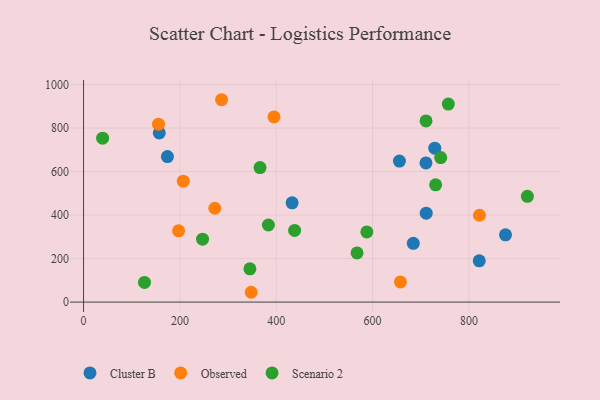
{"axis": {"x": "Experience", "y": "Profit"}, "legend": ["Cluster B", "Observed", "Scenario 2"], "data": [{"x": "821.3", "y": 189.5, "type": "Cluster B"}, {"x": "710.7", "y": 639.9, "type": "Cluster B"}, {"x": "684.4", "y": 270.0, "type": "Cluster B"}, {"x": "174.1", "y": 669.0, "type": "Cluster B"}, {"x": "432.9", "y": 456.2, "type": "Cluster B"}, {"x": "655.6", "y": 648.5, "type": "Cluster B"}, {"x": "711.2", "y": 408.8, "type": "Cluster B"}, {"x": "875.8", "y": 309.1, "type": "Cluster B"}, {"x": "729.0", "y": 707.7, "type": "Cluster B"}, {"x": "157.2", "y": 777.9, "type": "Cluster B"}, {"x": "348.0", "y": 45.1, "type": "Observed"}, {"x": "272.5", "y": 431.4, "type": "Observed"}, {"x": "286.5", "y": 930.5, "type": "Observed"}, {"x": "395.3", "y": 851.6, "type": "Observed"}, {"x": "207.0", "y": 555.8, "type": "Observed"}, {"x": "155.6", "y": 817.9, "type": "Observed"}, {"x": "657.7", "y": 92.8, "type": "Observed"}, {"x": "821.7", "y": 399.2, "type": "Observed"}, {"x": "197.3", "y": 327.6, "type": "Observed"}, {"x": "366.3", "y": 618.6, "type": "Scenario 2"}, {"x": "345.3", "y": 153.1, "type": "Scenario 2"}, {"x": "741.3", "y": 664.7, "type": "Scenario 2"}, {"x": "588.0", "y": 322.6, "type": "Scenario 2"}, {"x": "710.8", "y": 833.0, "type": "Scenario 2"}, {"x": "730.8", "y": 539.1, "type": "Scenario 2"}, {"x": "39.6", "y": 753.5, "type": "Scenario 2"}, {"x": "757.1", "y": 910.6, "type": "Scenario 2"}, {"x": "567.7", "y": 226.0, "type": "Scenario 2"}, {"x": "247.0", "y": 289.4, "type": "Scenario 2"}, {"x": "438.1", "y": 329.4, "type": "Scenario 2"}, {"x": "921.2", "y": 486.3, "type": "Scenario 2"}, {"x": "126.5", "y": 90.4, "type": "Scenario 2"}, {"x": "383.6", "y": 354.4, "type": "Scenario 2"}]}